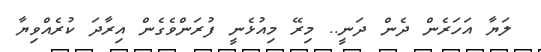
ލަޔާ އަހަރެން ދެން ދަނީ.. މިރޭ މިއުޅެނީ ފުރަންވެގެން އިރާދަ ކުރެއްވިޔާ